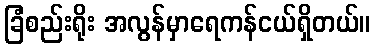
ခြံစည်းရိုး အလွန်မှာရေကန်ငယ်ရှိတယ်။